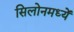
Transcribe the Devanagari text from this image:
सिलोनमध्यें